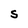
Character: S